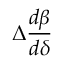
\Delta \frac { d \beta } { d \delta }